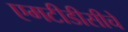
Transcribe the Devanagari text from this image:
एमटीडीसीचे